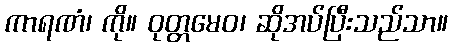
ကာရဏံ၊ ကို။ ဝုတ္တမေဝ၊ ဆိုအပ်ပြီးသည်သာ။